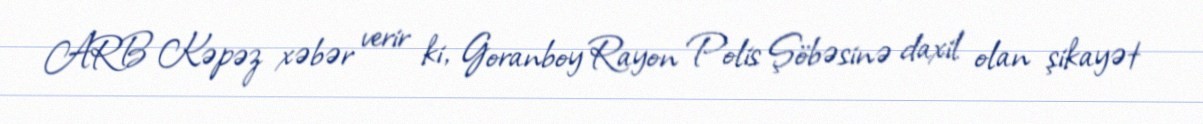
ARB Kəpəz xəbər verir ki, Goranboy Rayon Polis Şöbəsinə daxil olan şikayət